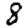
Digit: 8